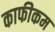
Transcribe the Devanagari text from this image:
काफीकम